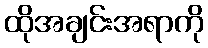
ထိုအချင်းအရာကို